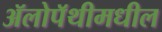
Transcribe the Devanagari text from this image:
ॲलोपॅथीमधील